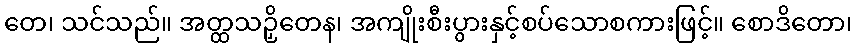
တေ၊ သင်သည်။ အတ္ထသဉှိတေန၊ အကျိုးစီးပွားနှင့်စပ်သောစကားဖြင့်။ စောဒိတော၊